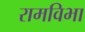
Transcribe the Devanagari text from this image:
रामविभा